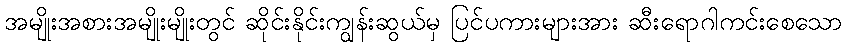
အမျိုးအစားအမျိုးမျိုးတွင် ဆိုင်းနိုင်းကျွန်းဆွယ်မှ ပြင်ပကားများအား ဆီးရောဂါကင်းစေသော